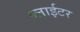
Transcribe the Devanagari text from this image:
ब्लाईटर